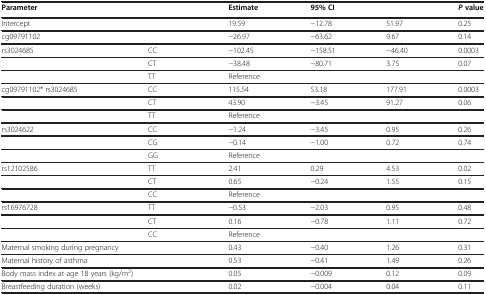
<table><thead><tr><td><b>Parameter</b></td><td><b> </b></td><td><b>Estimate</b></td><td colspan="2"><b>95%CI</b></td><td><b><i>P </i>value</b></td></tr></thead><tbody><tr><td>Intercept</td><td> </td><td>19.59</td><td>−12.78</td><td>51.97</td><td>0.25</td></tr><tr><td>cg09791102</td><td> </td><td>−26.97</td><td>−63.62</td><td>9.67</td><td>0.14</td></tr><tr><td>rs3024685</td><td>CC</td><td>−102.45</td><td>−158.51</td><td>−46.40</td><td>0.0003</td></tr><tr><td> </td><td>CT</td><td>−38.48</td><td>−80.71</td><td>3.75</td><td>0.07</td></tr><tr><td> </td><td>TT</td><td>Reference</td><td> </td><td> </td><td> </td></tr><tr><td>cg09791102* rs3024685</td><td>CC</td><td>115.54</td><td>53.18</td><td>177.91</td><td>0.0003</td></tr><tr><td> </td><td>CT</td><td>43.90</td><td>−3.45</td><td>91.27</td><td>0.06</td></tr><tr><td> </td><td>TT</td><td>Reference</td><td> </td><td> </td><td> </td></tr><tr><td>rs3024622</td><td>CC</td><td>−1.24</td><td>−3.45</td><td>0.95</td><td>0.26</td></tr><tr><td> </td><td>CG</td><td>−0.14</td><td>−1.00</td><td>0.72</td><td>0.74</td></tr><tr><td> </td><td>GG</td><td>Reference</td><td> </td><td> </td><td> </td></tr><tr><td>rs12102586</td><td>TT</td><td>2.41</td><td>0.29</td><td>4.53</td><td>0.02</td></tr><tr><td> </td><td>CT</td><td>0.65</td><td>−0.24</td><td>1.55</td><td>0.15</td></tr><tr><td> </td><td>CC</td><td>Reference</td><td> </td><td> </td><td> </td></tr><tr><td>rs16976728</td><td>TT</td><td>−0.53</td><td>−2.03</td><td>0.95</td><td>0.48</td></tr><tr><td> </td><td>CT</td><td>0.16</td><td>−0.78</td><td>1.11</td><td>0.72</td></tr><tr><td> </td><td>CC</td><td>Reference</td><td> </td><td> </td><td> </td></tr><tr><td colspan="2">Maternal smoking during pregnancy</td><td>0.43</td><td>−0.40</td><td>1.26</td><td>0.31</td></tr><tr><td colspan="2">Maternal history of asthma</td><td>0.53</td><td>−0.41</td><td>1.49</td><td>0.26</td></tr><tr><td colspan="2">Body mass index at age 18 years (kg/m<sup>2</sup>)</td><td>0.05</td><td>−0.009</td><td>0.12</td><td>0.09</td></tr><tr><td colspan="2">Breastfeeding duration (weeks)</td><td>0.02</td><td>−0.004</td><td>0.04</td><td>0.11</td></tr></tbody></table>